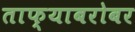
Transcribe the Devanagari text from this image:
ताफ्याबरोबर